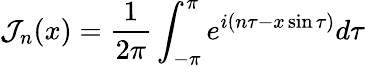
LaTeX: {\cal J}_{n}(x)=\frac{1}{2\pi}\int_{-\pi}^{\pi}e^{i(n\tau-x\sin\tau)}d\tau